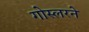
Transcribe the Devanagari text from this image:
गोस्लरने